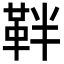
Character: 靽